Rakvere_kinnistusamet, lk 12
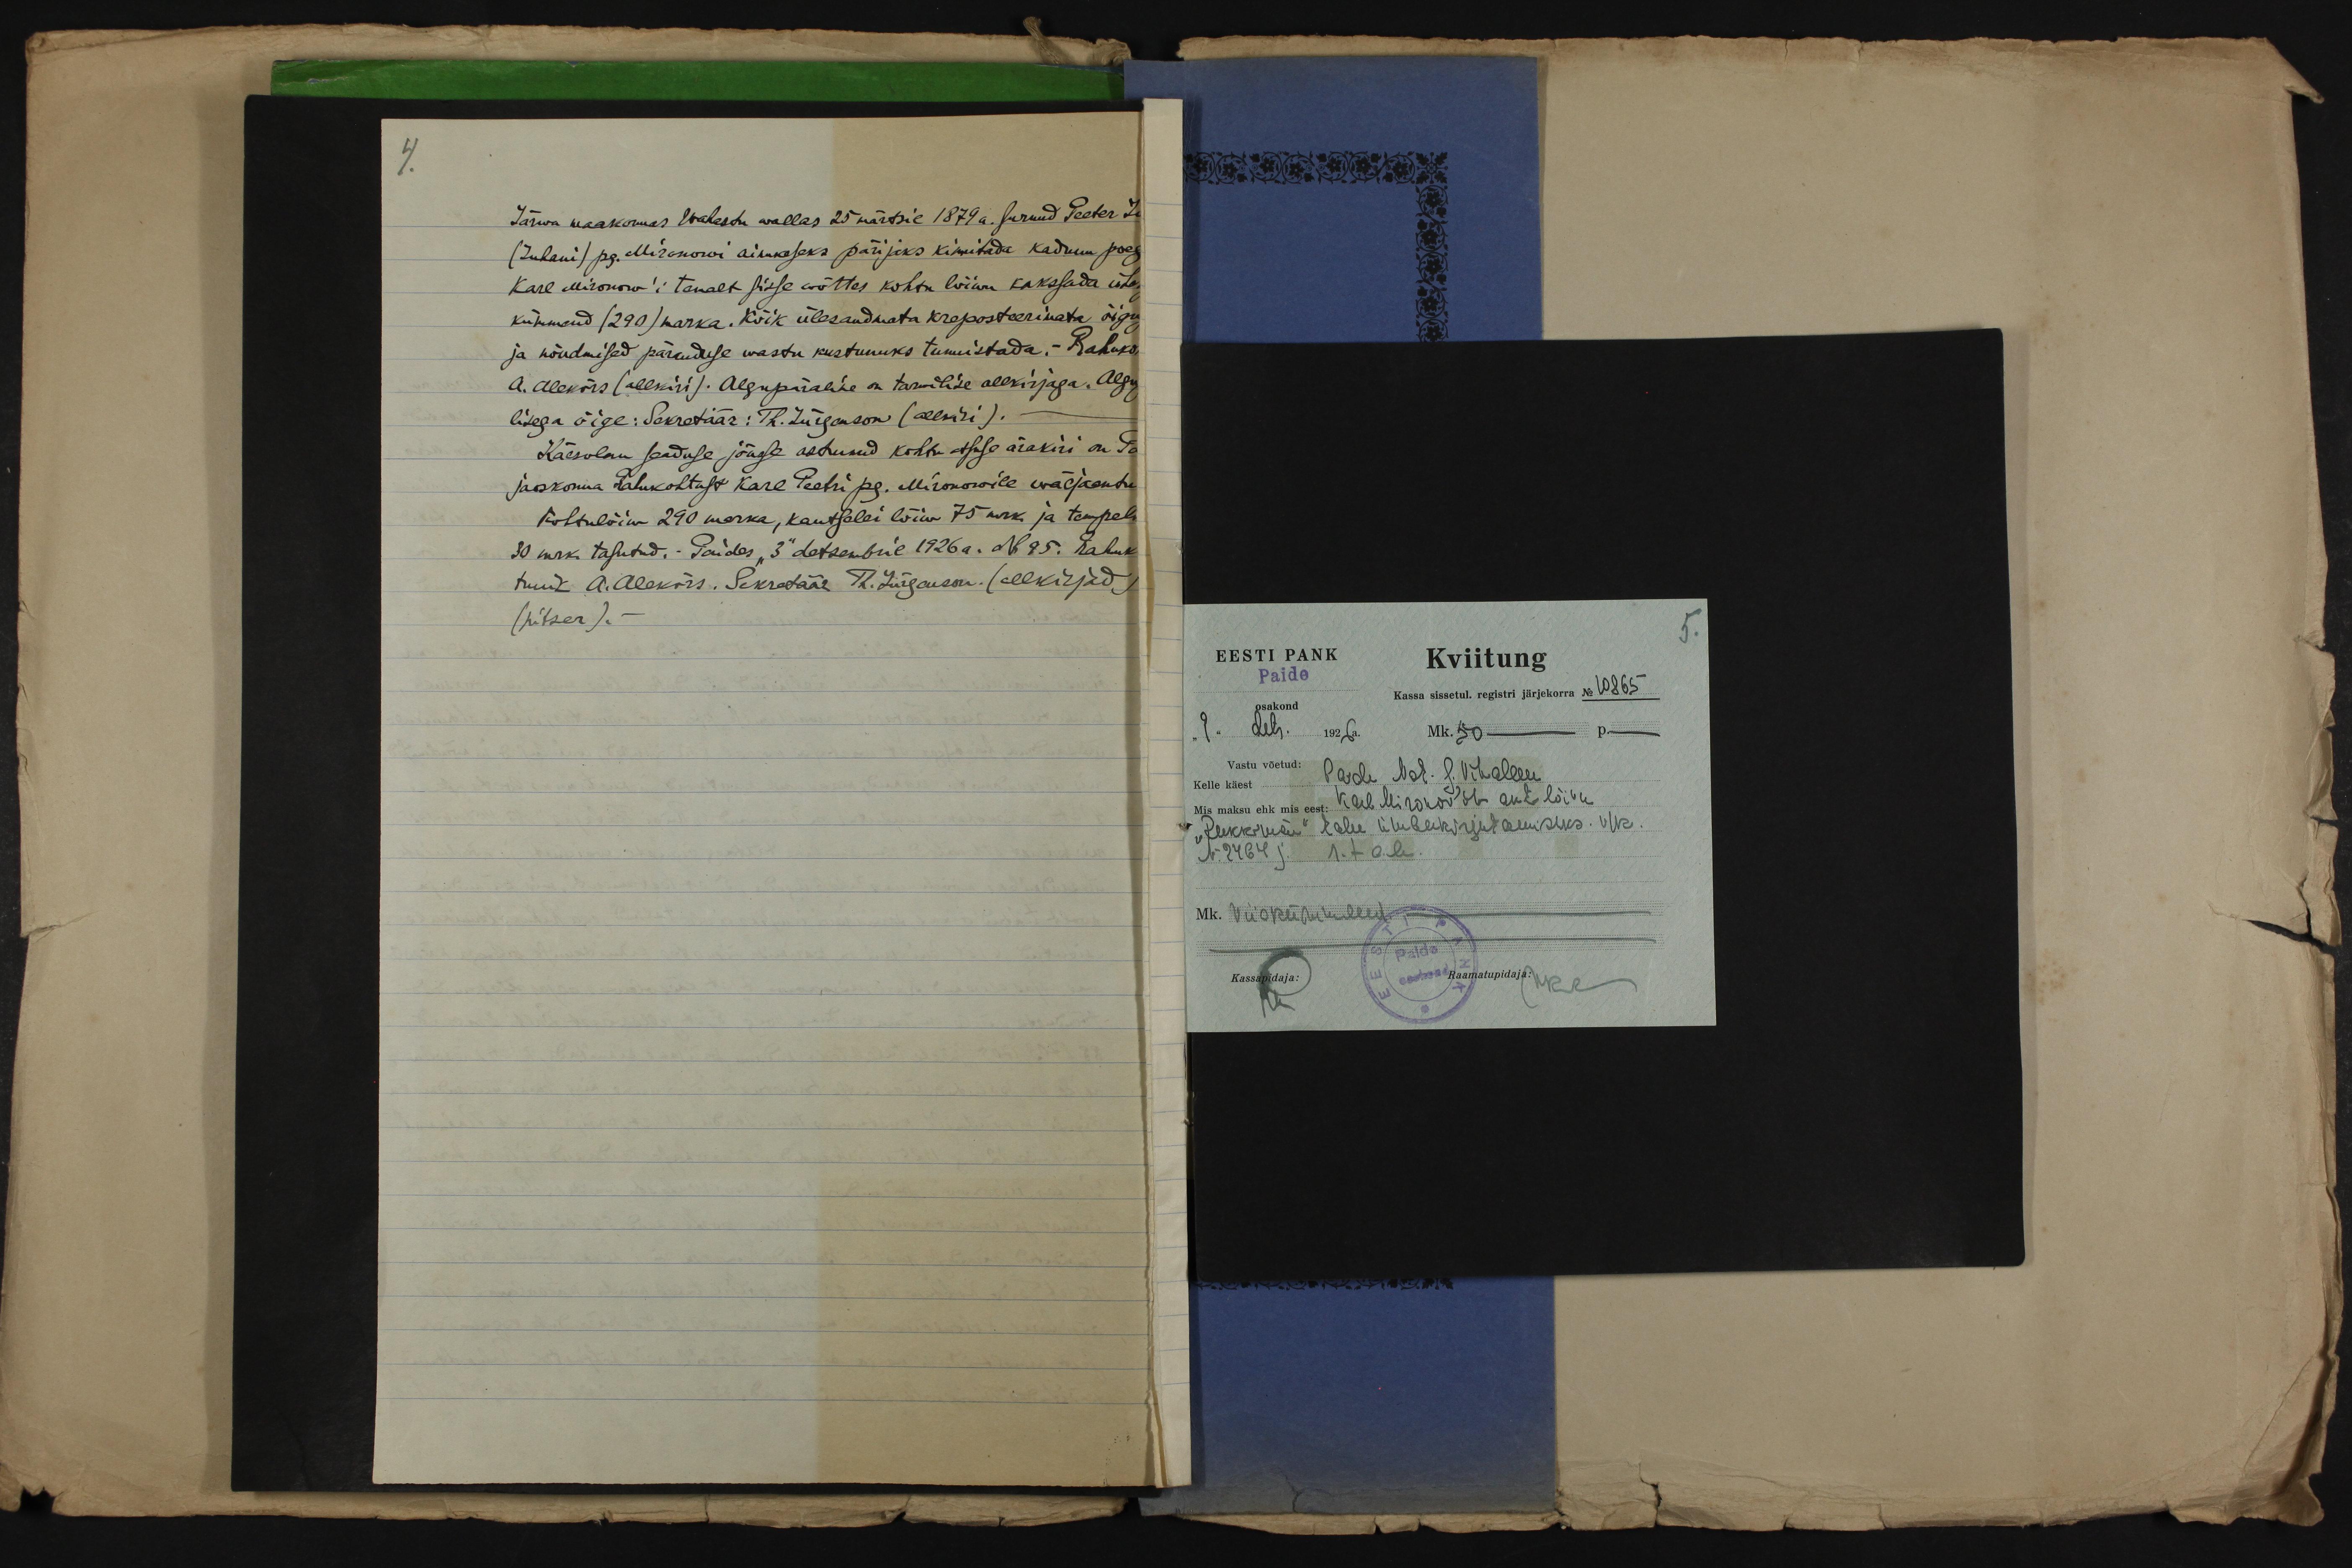
4.

Järwa maakonnas Wahastu wallas 25 märtsil 1879 a. surnud Peeter Iw
(Juhani) pg. Mironowi ainukeseks pärijaks kinnitada kadunu poeg
Karl Mironow'i temalt sisse wõttes kohtu lõiwu kakssada ühe
kümmend (290) marka. Kõik ülesandmata kreposteerimata õigu
ja nõudmised päranduse wastu kustunuks tunnistada. - Rahuko
A. Alekõrs (allkiri). Algupäraline on tarwilise allkirjaga. Algu
lisega õige: Sekretäär: Th. Jürgenson (allkiri).
Käesolew seaduse jõusse astunud kohtu otsuse ärakiri on Pa
jaoskonna Rahukohtust Karl Peetri pg. Mironowile wäljaantu
Kohtulõiw 290 marka, kantselei lõiw 75 mrk ja tempel
30 mrk tasutud.- Paides "3" detsembril 1926 a. Nr 95. Rahuk
tunik A. Alekõrs. Sekretäär Th. Jürgenson. (allkirjad)
(pitser).-

5.
EESTI PANK
Kviitung
Paide
Kassa sissetul. registri järjekorra No 10865
osakond
"9" dets. 1926a.
Mk. 50 - p. -
Vastu võetud:
Kelle käest Paide Not. J. Vihalem
Mis maksu ehk mis eest: Karl Mironov´ile akti lõivu
"Rukkimäe" talu ümberkirjutamiseks. v/k
Nr 2464 j. 1. talu
Mk. Viiskümmend -
Kassapidaja:
Raamatupidaja: